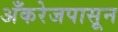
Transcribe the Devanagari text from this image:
अँकरेजपासून